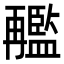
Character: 𠕱